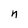
Character: n